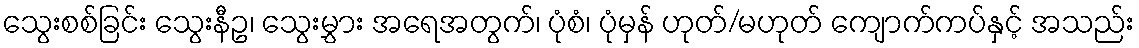
သွေးစစ်ခြင်း သွေးနီဥ၊ သွေးမွှား အရေအတွက်၊ ပုံစံ၊ ပုံမှန် ဟုတ်/မဟုတ် ကျောက်ကပ်နှင့် အသည်း